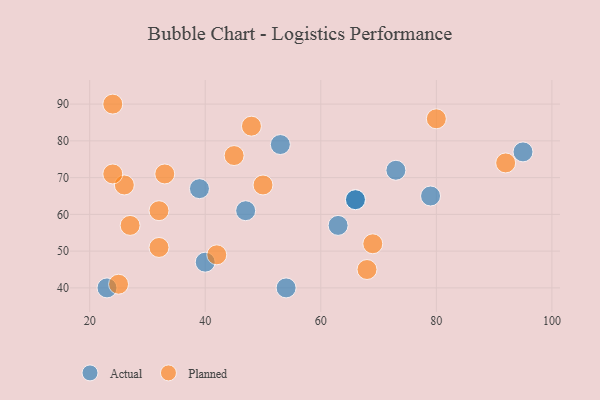
{"axis": {"x": "GDP", "y": "Life Expectancy"}, "legend": ["Actual", "Planned"], "data": [{"x": "73", "y": 72, "type": "Actual"}, {"x": "63", "y": 57, "type": "Actual"}, {"x": "23", "y": 40, "type": "Actual"}, {"x": "40", "y": 47, "type": "Actual"}, {"x": "53", "y": 79, "type": "Actual"}, {"x": "54", "y": 40, "type": "Actual"}, {"x": "79", "y": 65, "type": "Actual"}, {"x": "95", "y": 77, "type": "Actual"}, {"x": "66", "y": 64, "type": "Actual"}, {"x": "39", "y": 67, "type": "Actual"}, {"x": "66", "y": 64, "type": "Actual"}, {"x": "47", "y": 61, "type": "Actual"}, {"x": "69", "y": 52, "type": "Planned"}, {"x": "45", "y": 76, "type": "Planned"}, {"x": "27", "y": 57, "type": "Planned"}, {"x": "42", "y": 49, "type": "Planned"}, {"x": "24", "y": 90, "type": "Planned"}, {"x": "92", "y": 74, "type": "Planned"}, {"x": "68", "y": 45, "type": "Planned"}, {"x": "80", "y": 86, "type": "Planned"}, {"x": "26", "y": 68, "type": "Planned"}, {"x": "33", "y": 71, "type": "Planned"}, {"x": "48", "y": 84, "type": "Planned"}, {"x": "25", "y": 41, "type": "Planned"}, {"x": "32", "y": 51, "type": "Planned"}, {"x": "50", "y": 68, "type": "Planned"}, {"x": "32", "y": 61, "type": "Planned"}, {"x": "24", "y": 71, "type": "Planned"}]}